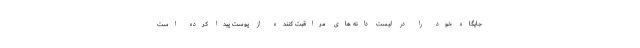
جایگاه خود را در لیست دانه های مراقبت کننده از پوست پیدا کرده است